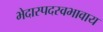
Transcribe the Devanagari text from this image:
भेदास्पदस्वभावाय